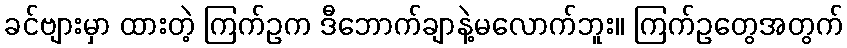
ခင်ဗျားမှာ ထားတဲ့ ကြက်ဥက ဒီဘောက်ချာနဲ့မလောက်ဘူး။ ကြက်ဥတွေအတွက်